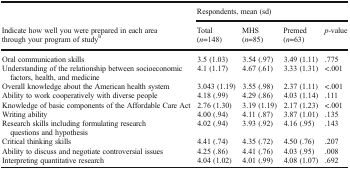
|  | <COLSPAN=4> Respondents, mean (sd) |
 | Indicate how well you were prepared in each area through your program of studyb | Total(n=148) | MHS(n=85) | Premed(n=63) | p-value |
 | --- | --- | --- | --- | --- |
 | Oral communication skills | 3.5 (1.03) | 3.54 (.97) | 3.49 (1.11) | .775 |
 | Understanding of the relationship between socioeconomic factors, health, and medicine | 4.1 (1.17) | 4.67 (.61) | 3.33 (1.31) | <.001 |
 | Overall knowledge about the American health system | 3.043 (1.19) | 3.55 (.98) | 2.37 (1.11) | <.001 |
 | Ability to work cooperatively with diverse people | 4.18 (.99) | 4.29 (.86) | 4.03 (1.14) | .111 |
 | Knowledge of basic components of the Affordable Care Act | 2.76 (1.30) | 3.19 (1.19) | 2.17 (1.23) | <.001 |
 | Writing ability | 4.00 (.94) | 4.11 (.87) | 3.87 (1.01) | .135 |
 | Research skills including formulating research questions and hypothesis | 4.02 (.94) | 3.93 (.92) | 4.16 (.95) | .143 |
 | Critical thinking skills | 4.41 (.74) | 4.35 (.72) | 4.50 (.76) | .207 |
 | Ability to discuss and negotiate controversial issues | 4.25 (.86) | 4.41 (.76) | 4.03 (.95) | .008 |
 | Interpreting quantitative research | 4.04 (1.02) | 4.01 (.99) | 4.08 (1.07) | .692 |